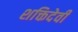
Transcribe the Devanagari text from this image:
शक्तिदेवी